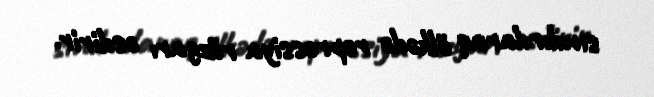
sındırdaraq ölkədə repressiya rüzgarı əsdirir.